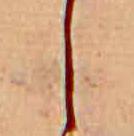
し